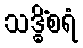
သဒ္ဓိံစရံ